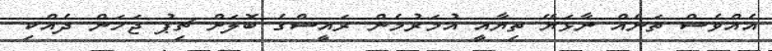
އެއްވެސް ތަނެއް ނާޅަޔޭ ތިޔާއީ އުމަރުމެން ރައީސްގެ ބޮލަށް ޗިޕު ޖަހަން ދެއްކި